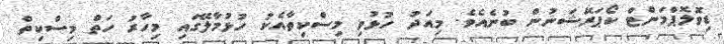
ޑިވޮލޮޕްމަންޓް ކޯޕަރޭޝަނުން ބުނެއެވެ. މިއަދު ހުޅުވި މިސްކިތާއެކު ހުޅުމާލޭގައި މިހާރު ހަތް މިސްކިތް